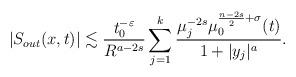
LaTeX: \begin{align*}|S_{out}(x, t)|\lesssim \frac{t_0^{-\varepsilon}}{R^{a-2s}}\sum_{j=1}^k\frac{\mu_j^{-2s}\mu_0^{\frac{n-2s}{2}+\sigma}(t)}{1+|y_j|^{a}}.\end{align*}